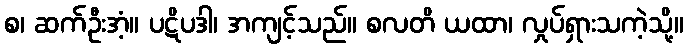
စ၊ ဆက်ဦးအံ့။ ပဋိပဒါ၊ အကျင့်သည်။ စလတိ ယထာ၊ လှုပ်ရှားသကဲ့သို့။